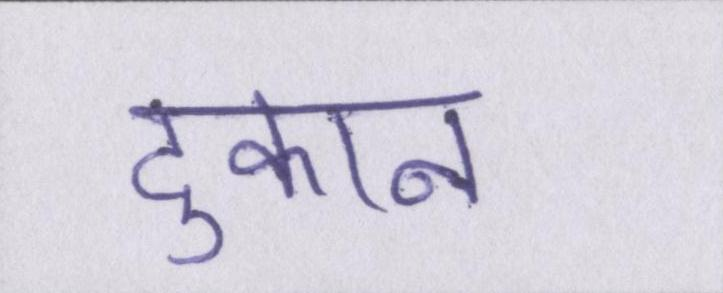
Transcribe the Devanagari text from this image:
दुकान